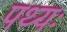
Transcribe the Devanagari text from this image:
पथ्यः